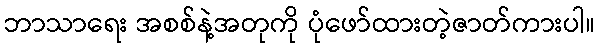
ဘာသာရေး အစစ်နဲ့အတုကို ပုံဖော်ထားတဲ့ဇာတ်ကားပါ။